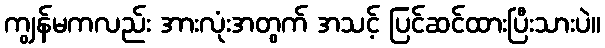
ကျွန်မကလည်း အားလုံးအတွက် အသင့် ပြင်ဆင်ထားပြီးသားပဲ။